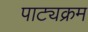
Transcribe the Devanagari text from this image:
पाट्यक्रम